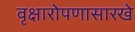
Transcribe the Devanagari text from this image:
वृक्षारोपणासारखे